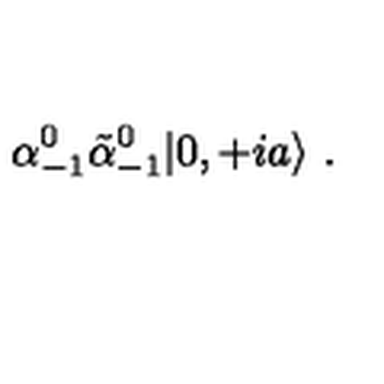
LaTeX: \alpha _ { - 1 } ^ { 0 } \tilde { \alpha } _ { - 1 } ^ { 0 } | 0 , + i a \rangle \ .